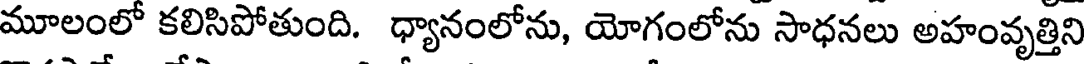
మూలంలో కలిసిపోతుంది. ధ్యానంలోను, యోగంలోను సాధనలు అహంవృత్తిని